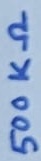
Text: 500KΩ